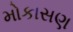
મોકાસણ